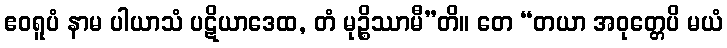
ဧဝရူပံ နာမ ပါယာသံ ပဋိယာဒေထ, တံ မုဉ္စိဿာမီ”တိ။ တေ “တယာ အဝုတ္တေပိ မယံ